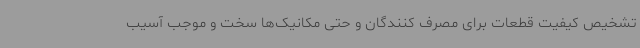
تشخیص کیفیت قطعات برای مصرف کنندگان و حتی مکانیک‌ها سخت و موجب آسیب